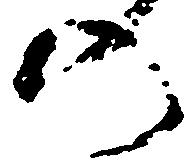
の